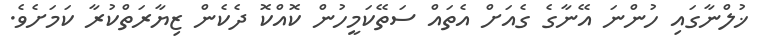
ޚުލްނާގައި ހުންނަ އޭނާގެ ގެއަށް އެތައް ސަތޭކަމީހުން ކޮއްކޮ ދެކެން ޒިޔާރަތްކުރާ ކަމަށެވެ.